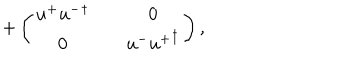
LaTeX: + \left( \begin{matrix} { { u ^ { + } { u ^ { - } } ^ { \dagger } } } & { { } } & { { 0 } } \\ { { 0 } } & { { } } & { { u ^ { - } { u ^ { + } } ^ { \dagger } } } \\ \end{matrix} \right) ,